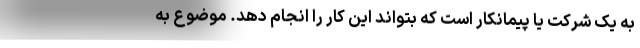
به یک شرکت یا پیمانکار است که بتواند این کار را انجام دهد. موضوع به